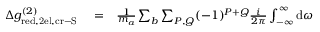
\begin{array} { r l r } { \Delta g _ { \mathrm { r e d , 2 e l , c r - S } } ^ { ( 2 ) } } & { { } = } & { \frac { 1 } { m _ { a } } \sum _ { b } \sum _ { P , Q } ( - 1 ) ^ { P + Q } \frac { i } { 2 \pi } \int _ { - \infty } ^ { \infty } \mathrm { d } \omega } \end{array}